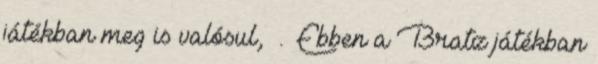
játékban meg is valósul, . Ebben a Bratz játékban